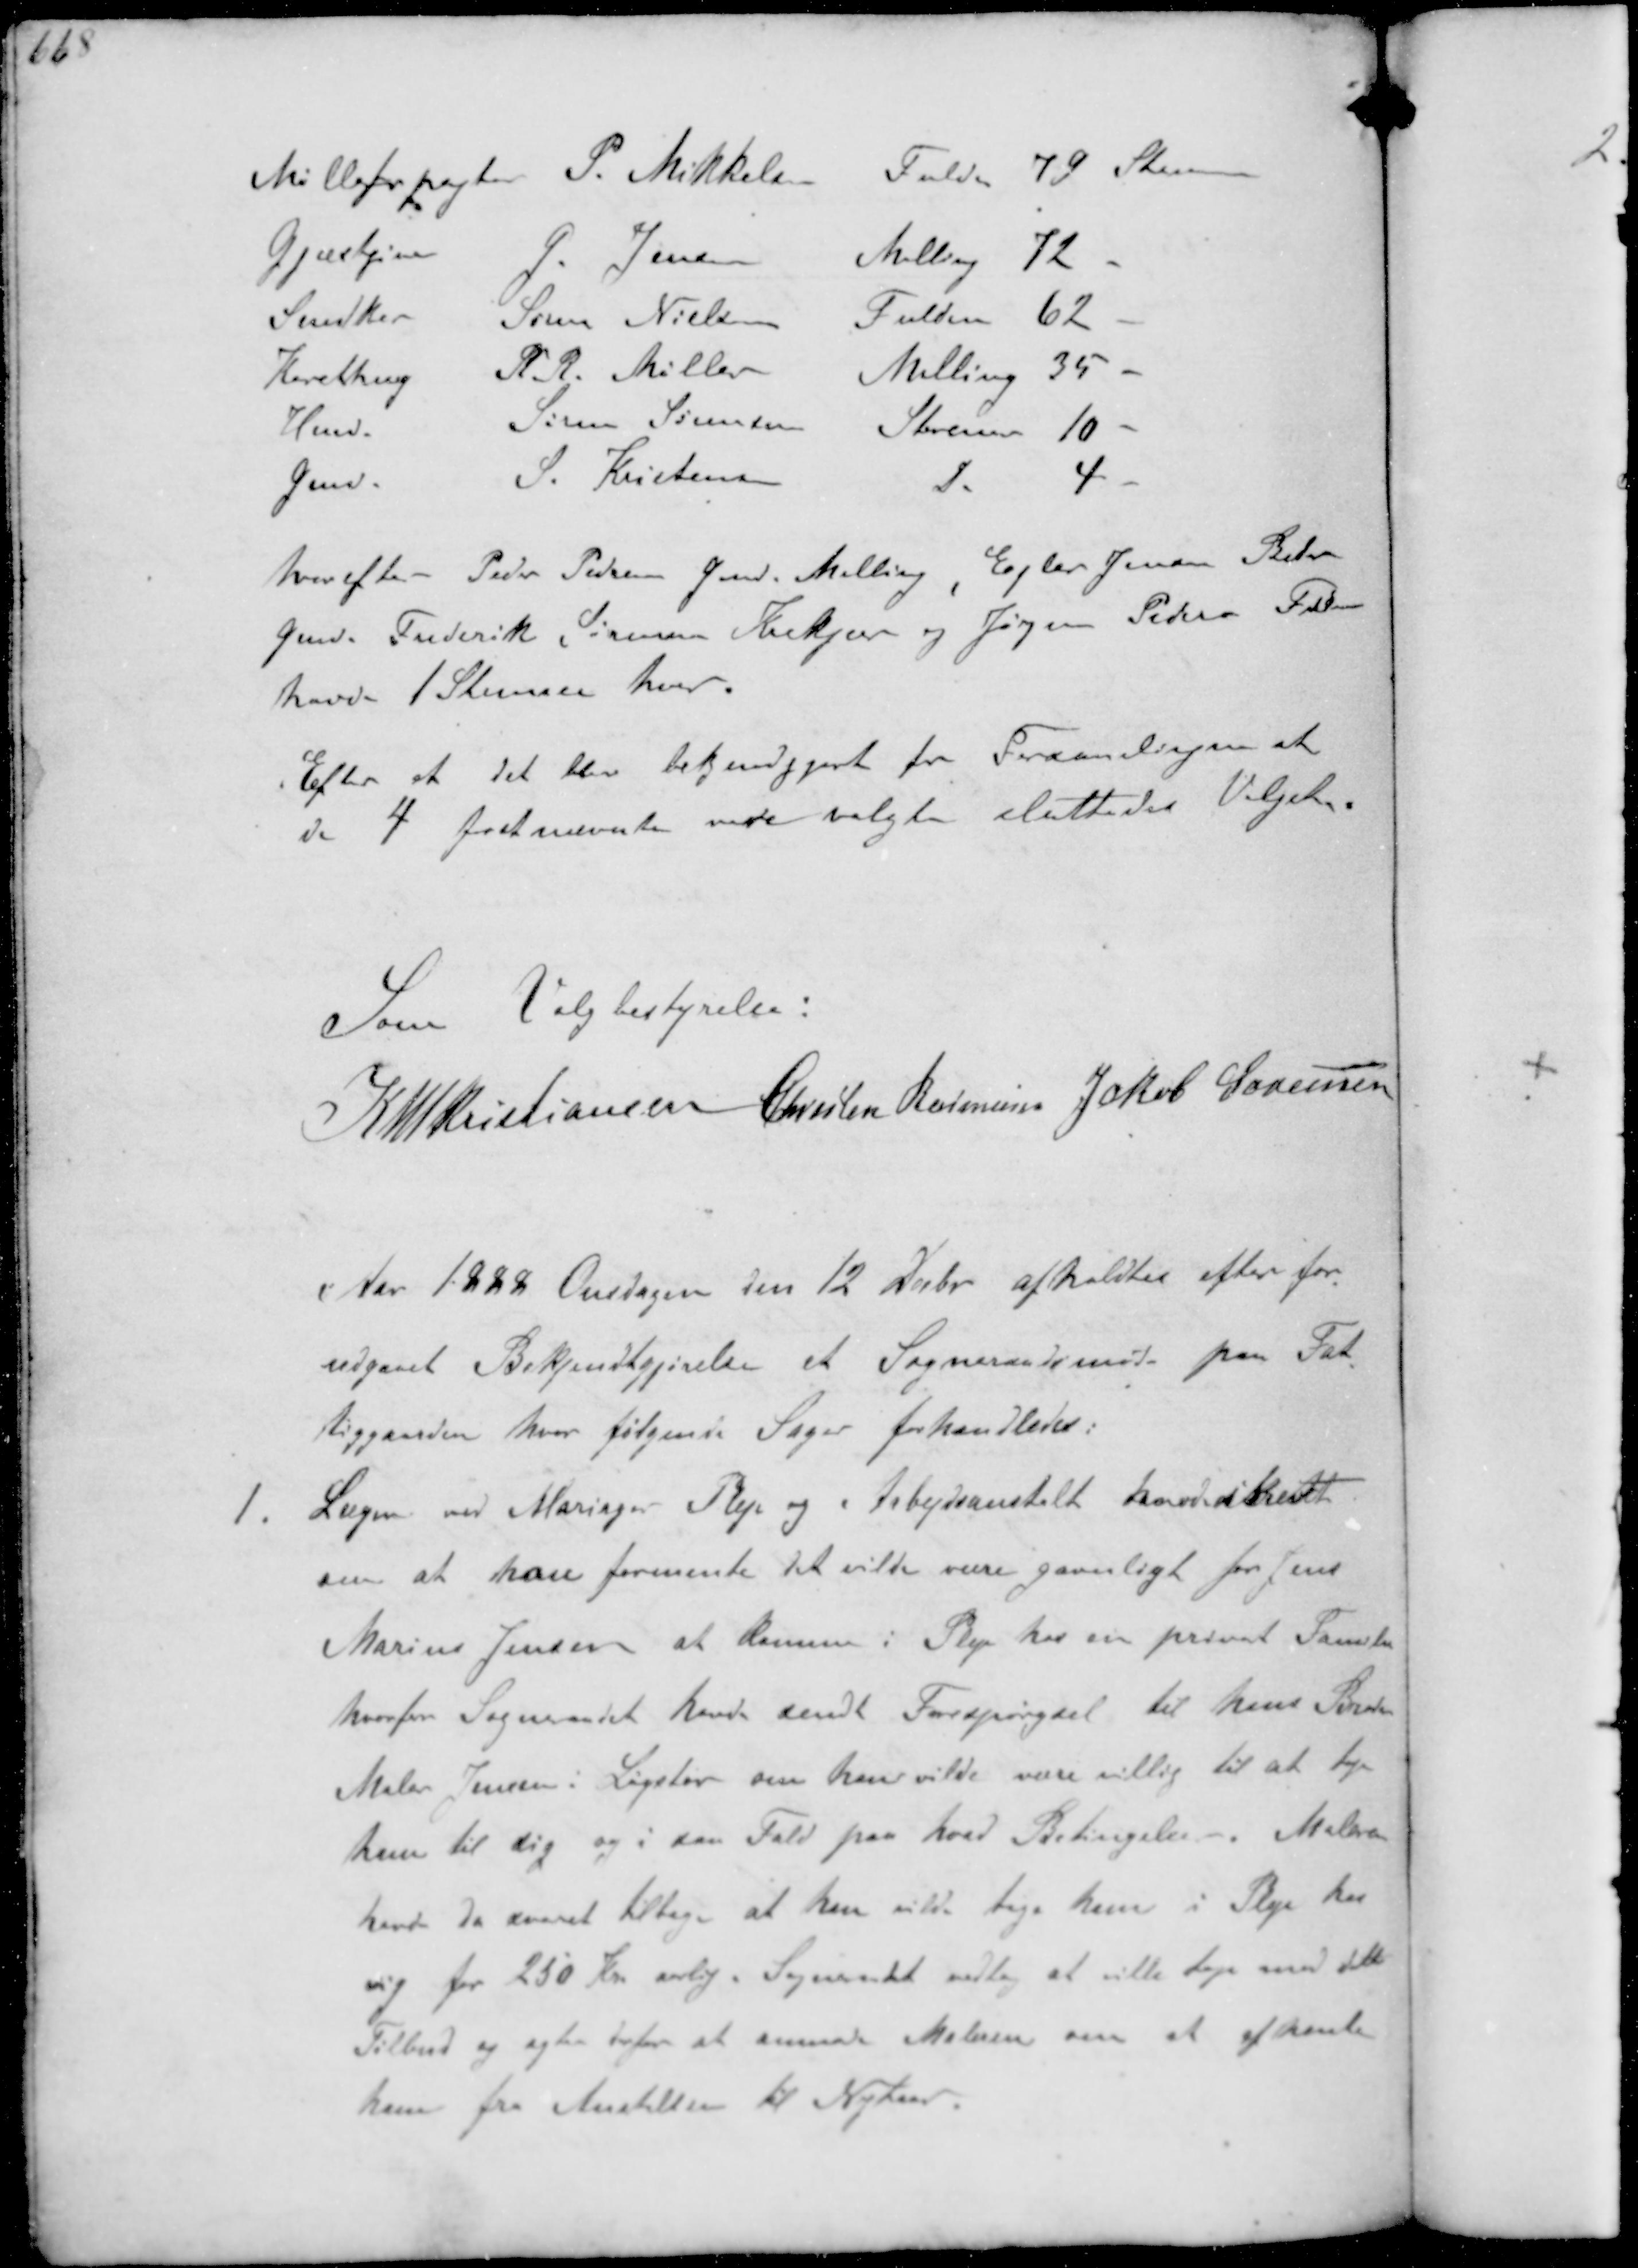
Transskription:
Mølleforpagter
P. Mikkelsen
Fulden 79 Stemmer
Gjæstgiver
G Jensen
Malling 72 -
Snedker
Søren Nielsen
Fulden 62 -
Karethmg
K.R. Møller
Malling 35 -
Hmd.
Søren Sørensen
Storenor 10 -
Gmd
S. Kristensen
do 4 -
hvorefter Peder Pedersen Gmd. Malling, Ejler Jensen Beder
Gmd. Frederik Sørensen Krekjær og Jørgen Pedersen Fulden
havde 1 Stemme hver.
Efter at det blev bekjendtgjort for Forsamlingen at
de 4 førstævnte vare valgte sluttedes Valget

Som Valgbestyrelse:
K N M Kristiansen Christen Rasmussen Jakob Sørensen

Aar 1888 Onsdagen den 12 Decbr afholdtes efter for-
udgaaet Bekjendtgørelse et Sogneraadsmøde paa Fat-
tiggaarden hvor følgende Sager forhandledes:
1. Lægen ved Mariager Pleje og Arbejdsanstalt havde skrevet
om at han formente det vilde være gavnligt for Jens
Marius Jensen at Komme i Pleje hos en privat Familie
hvorfor Sogneraadet havde sendt Forespørgsel til hans Broder
Maler Jensen i Løgstør om han vilde være villig til at tage
ham til sig og i saa Fald paa hvad Betingelse. Maleren
havde da svaret tilbage at han vilde tage han i Pleje hos
sig for 250 Kr aarlig. Sogneraadet vedtog at ville tage mod dette
Tilbud og agter derfor at anmode Maleren om at afhente
ham fra Anstalten til Nytaar